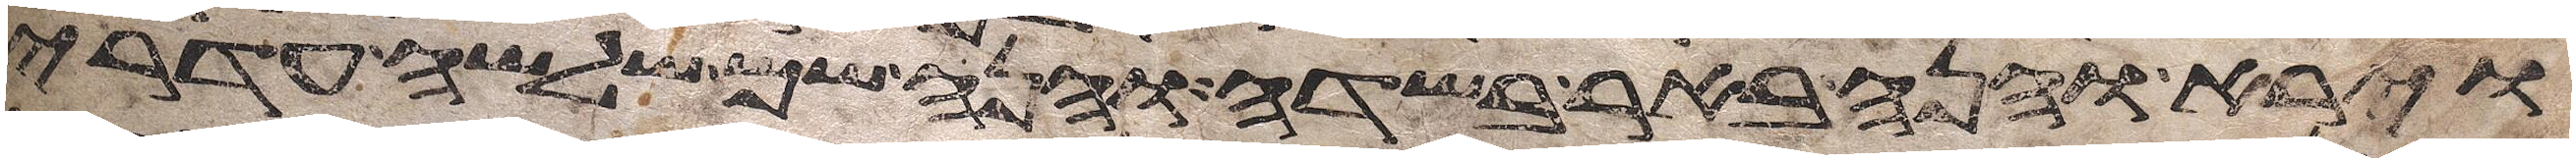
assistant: וירא והנה באר בשדה והנה שם שלשה עדרי